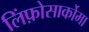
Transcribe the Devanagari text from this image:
लिंफ़ोसार्कोमा